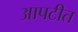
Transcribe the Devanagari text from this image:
आपटीत